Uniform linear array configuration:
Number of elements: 8
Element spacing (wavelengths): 0.5
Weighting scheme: uniform
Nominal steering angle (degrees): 0
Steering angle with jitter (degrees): -0.6584
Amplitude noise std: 0.05
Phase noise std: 0.05

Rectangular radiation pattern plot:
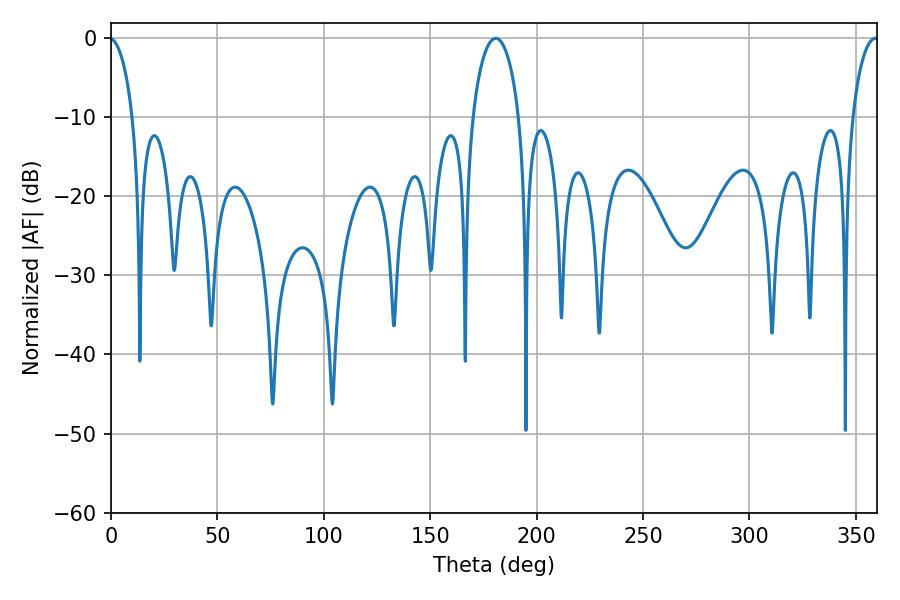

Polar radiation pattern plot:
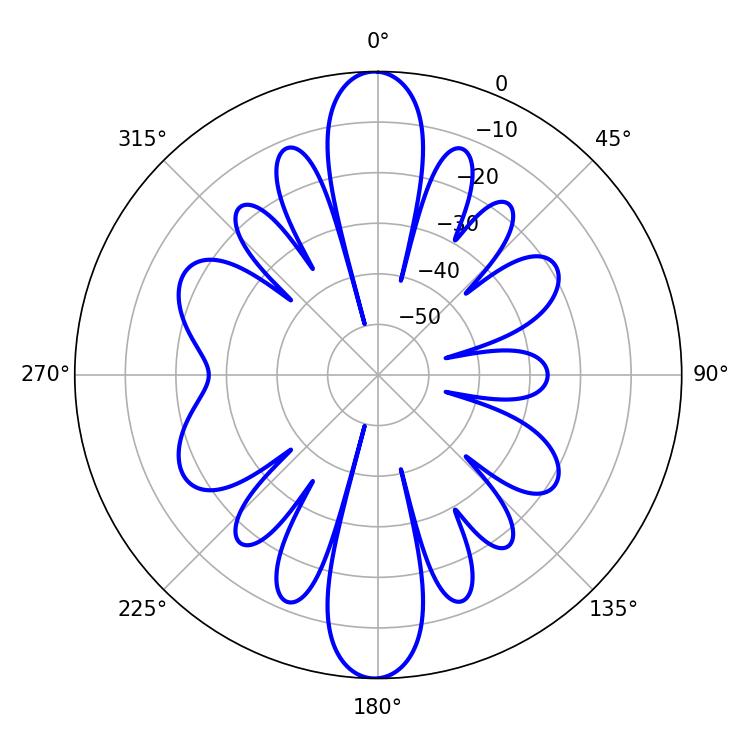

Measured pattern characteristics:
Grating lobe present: FALSE
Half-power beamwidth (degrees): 12.6
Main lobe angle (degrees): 180.72